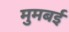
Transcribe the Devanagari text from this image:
मुमबई